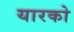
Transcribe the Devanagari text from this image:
यारको